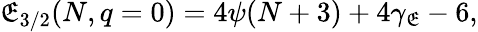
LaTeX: {\cal\mathfrak{E}}_{3/2}(N,q=0)=4\psi(N+3)+4\gamma_{\mathfrak{E}}-6,